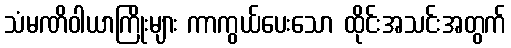
သံမဏိဝါယာကြိုးများ ကာကွယ်ပေးသော ထိုင်းအသင်းအတွက်